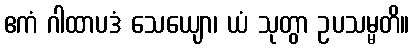
ဧကံ ဂါထာပဒံ သေယျော၊ ယံ သုတွာ ဥပသမ္မတိ။